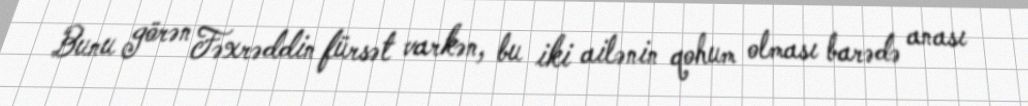
Bunu görən Fəxrəddin fürsət varkən, bu iki ailənin qohum olması barədə anası